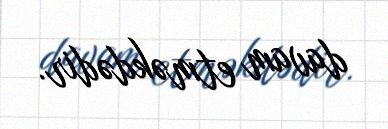
davam etməkdədir.